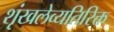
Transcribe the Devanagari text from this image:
शृंखलेव्यतिरिक्त